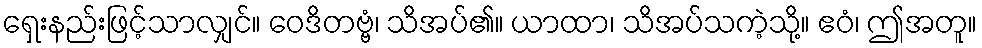
ရှေးနည်းဖြင့်သာလျှင်။ ဝေဒိတဗ္ဗံ၊ သိအပ်၏။ ယာထာ၊ သိအပ်သကဲ့သို့။ ဧဝံ၊ ဤအတူ။